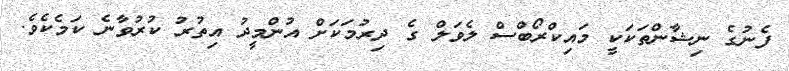
ފެނުގެ ނިޝާންތަކަކީ މައިކްރޯބްސް ލެވަލް ގެ ދިރުމަކަށް އުންމީދު އިތުރު ކުރުވާނެ ކަމެކެވެ.